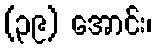
(၃၉) အောင်း၊